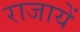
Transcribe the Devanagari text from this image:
राजायें